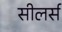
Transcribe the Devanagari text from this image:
सीलर्स